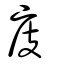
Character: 庋